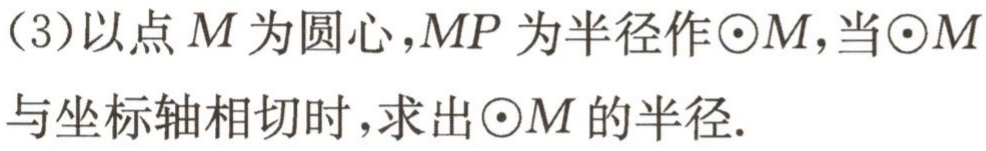
（3）以点\(M\)为圆心，\(MP\)为半径作\(\odot M\)，当\(\odot M\)与坐标轴相切时，求出\(\odot M\)的半径.